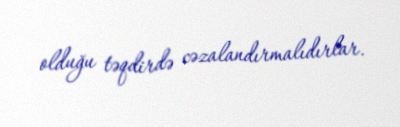
olduğu təqdirdə cəzalandırmalıdırlar.